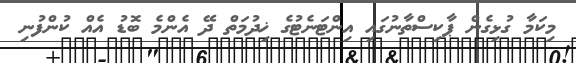
މިކަމާ ގުޅިގެން ޕާކިސްތާނުގައި އިންޓަނެޓުގެ ޚިދުމަތް ދޭ އެންމެ ބޮޑު އެއް ކުންފުނި